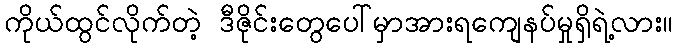
ကိုယ်ထွင်လိုက်တဲ့ ဒီဇိုင်းတွေပေါ်မှာအားရကျေနပ်မှုရှိရဲ့လား။